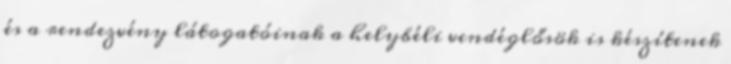
és a rendezvény látogatóinak a helybéli vendéglősök is készítenek